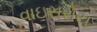
વાઇસરોય